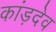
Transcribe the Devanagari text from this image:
कांड़देव